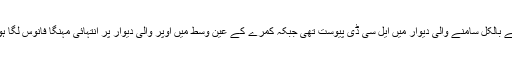
بیڈ کے بالکل سامنے والی دیوار میں ایل سی ڈی پیوست تھی جبکہ کمرے کے عین وسط میں اوپر والی دیوار پر انتہائی مہنگا فانوس لگا ہوا تھا۔